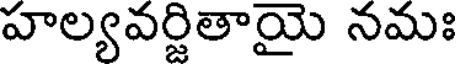
హల్యవర్జితాయై నమః